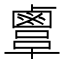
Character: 𪉫